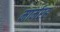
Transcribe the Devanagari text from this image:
मार्मरह